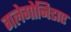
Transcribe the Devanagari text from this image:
गलेगोनिडाए